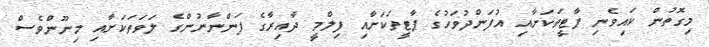
މިގޮތުން ކައިވެނި ޕާޓީތަކަށާއި އުފަންދުވަހުގެ ޕާޓީތަކަށާއި ފިލްމީ ދާއިރާގެ ފަންނާނުންގެ ލަވަތަކަށާއި މިނޫންވެސް